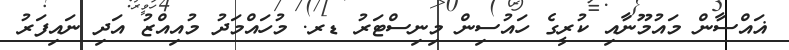
ޣައްސާން މައުމޫނާއި ކުރީގެ ހައުސިން މިނިސްޓަރު ޑރ. މުހައްމަދު މުއިއްޒު އަދި ނައިފަރު